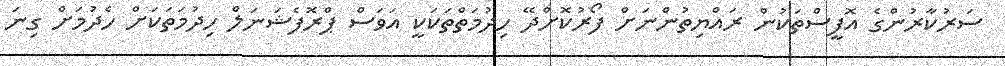
ސަރުކާރުންގެ އޮފީސްތަކުން ރައްޔިތުންނަށް ފޯރުކޮށްދޭ ހިދުމަތްތަކަކީ އަވަސް ޕްރޮފެޝަނަލް ހިދުމަތަކަށް ހެދުމަށް ގިނަ